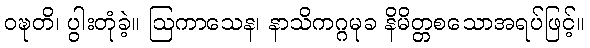
ဝဍ္ဎတိ၊ ပွါးတုံခဲ့။ ဩကာသေန၊ နာသိကဂ္ဂမုခ နိမိတ္တစသောအရပ်ဖြင့်။